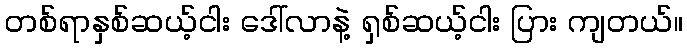
တစ်ရာနှစ်ဆယ့်ငါး ဒေါ်လာနဲ့ ရှစ်ဆယ့်ငါး ပြား ကျတယ်။